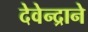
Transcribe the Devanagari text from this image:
देवेन्द्राने